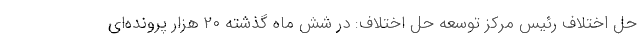
حل اختلاف رئیس مرکز توسعه حل اختلاف: در شش ماه گذشته ۲۰ هزار پرونده‌ای